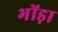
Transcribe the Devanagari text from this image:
भोंड़ा